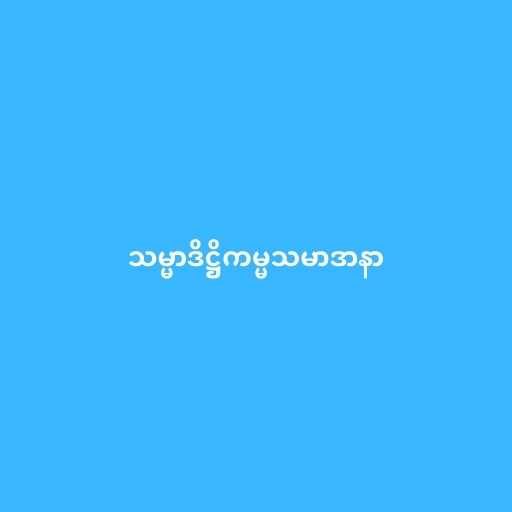
သမ္မာဒိဋ္ဌိကမ္မသမာဒာနာ